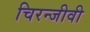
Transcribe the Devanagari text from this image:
चिरन्जीवी